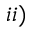
i i )